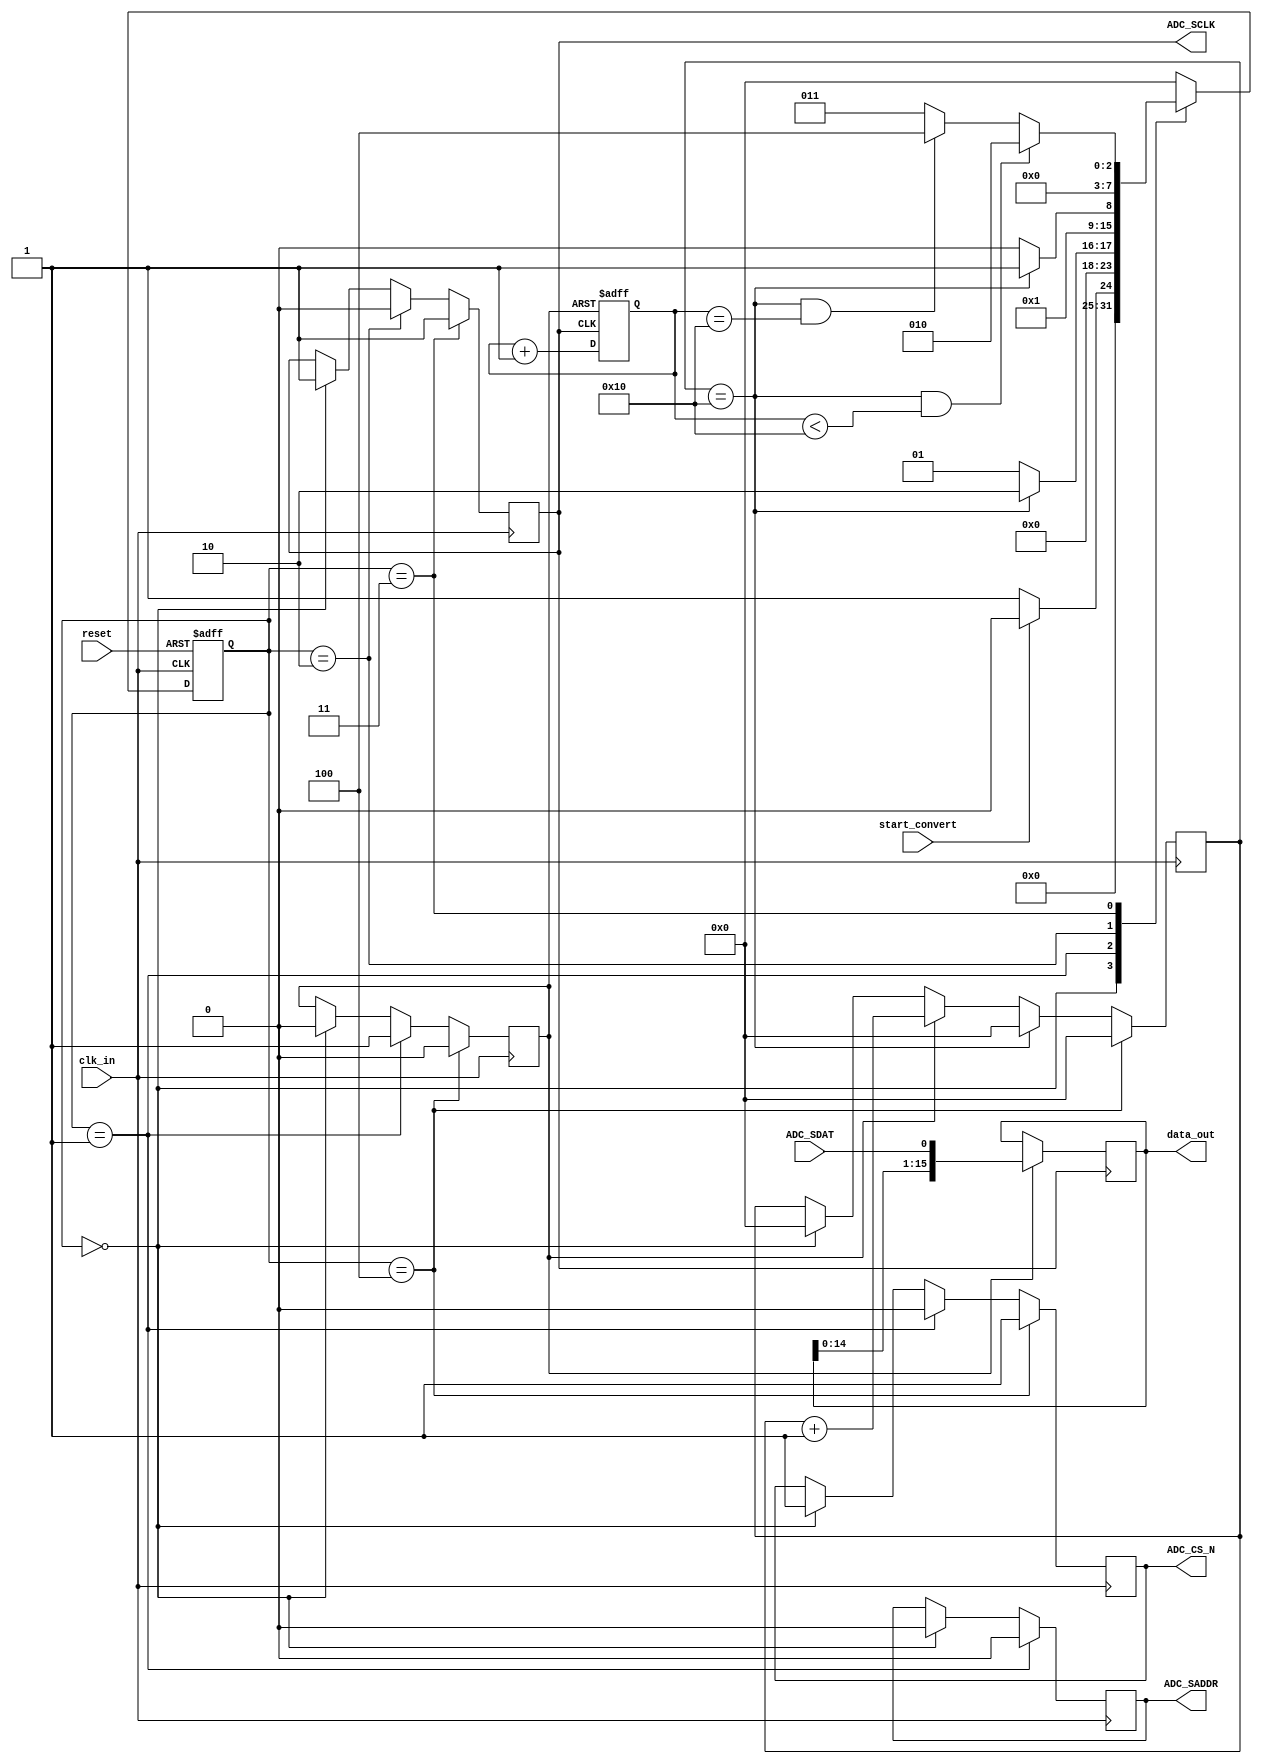
///////////////////////////////////////////////////////////
// Name File : ADC128S022_DRIVER									//
// Autor : Dyomkin Pavel Mikhailovich 							//
// Company : FLEXLAB													//
// Description : ADC128S022_DRIVER							  	//
// Start design : 03.08.2022 										//
// Last revision : 03.08.2022 									//
///////////////////////////////////////////////////////////

module ADC128S022_DRIVER (input clk_in, start_convert, reset, ADC_SDAT,

								  output reg ADC_SCLK, ADC_CS_N, ADC_SADDR,
								  
								  output reg [15:0] data_out
								  );
				 
								  
parameter divider_clk = 16;						// 50 MHz / 16 = 3 MHz for ADC_SCLK
parameter quantity_clk = 16;


reg [7:0] state;	
reg [7:0] next_state;

		  
localparam IDLE 							= 8'd0;
localparam START							= 8'd1;
localparam START_GENERATE				= 8'd2;
localparam REVERSE_CLK              = 8'd3;
localparam STOP							= 8'd4;
		  
reg process_flg;

reg [7:0] cnt;

reg [7:0] cnt_quantity_clk;

	

initial begin
	
	ADC_SCLK <= 1'b1;
	ADC_CS_N <= 1'b1;
	ADC_SADDR <= 1'b0; 
	
	state <= 1'b0;	
	next_state <= 1'b0;
	
	process_flg <= 1'b0;
	
	cnt <= 1'b0;
	cnt_quantity_clk <= 1'b0;	
	
	data_out <= 1'b0;
	
	
end		




			
always @* 	
		
		case (state)
			
			IDLE:
						
				
				if (start_convert == 1'b0) begin
					next_state <= START;
				end
				
				else begin
					next_state <= IDLE;
				end
				
				
			START:	
			
				if (cnt == divider_clk) begin
					next_state <= START_GENERATE;
				end
				
				else begin
					next_state <= START;
				end
				
			START_GENERATE:
			
				if (cnt == divider_clk) begin
					next_state <= REVERSE_CLK;
				end
				
				else begin
					next_state <= START_GENERATE;
				end
				
				
			REVERSE_CLK:
			
				if (cnt == divider_clk && cnt_quantity_clk < quantity_clk) begin
					next_state <= START_GENERATE;
				end
				
				else if (cnt == divider_clk && cnt_quantity_clk == quantity_clk) begin
					next_state <= STOP;
				end
				
				else begin
					next_state <= REVERSE_CLK;
				end
				
			
					
			
			STOP:

				if (state == STOP) begin
					next_state <= IDLE;
				end
				
				else begin
					next_state <= STOP;
				end
		
				
				
			default:
				next_state <= IDLE;
		
		endcase
		
		
always @(posedge clk_in) begin

	if (state == IDLE) begin
		ADC_SCLK <= 1'b1;
		ADC_CS_N <= 1'b1;
		ADC_SADDR <= 1'b0; 
	
		
		process_flg <= 1'b0;
	
		cnt <= 1'b0;
			
	end
	
	if (state == START) begin
		process_flg <= 1'b1;
		ADC_CS_N <= 1'b0;

		ADC_SADDR <= 1'b0;		
	end
	
	if (process_flg == 1'b1) begin			
		cnt <= cnt + 1'b1;
	end
	
	if (cnt == divider_clk) begin
		cnt <= 1'b0;
	end
	
	if (state == START_GENERATE) begin
		ADC_SCLK <= 1'b0;
	end
	
	if (state == REVERSE_CLK) begin
		ADC_SCLK <= 1'b1;
	end
	
	if (state == STOP) begin
			
		process_flg <= 1'b0;				
		ADC_CS_N <= 1'b1;	
		
		cnt <= 1'b0;
		
	
	end
	
		
end	

always @(posedge ADC_SCLK or negedge process_flg) begin		

	
	if (!process_flg) begin														
		cnt_quantity_clk <= 1'b0;
		
	end
	
	else begin
		cnt_quantity_clk <= cnt_quantity_clk + 1'b1;
		data_out <=  {data_out[15:0], ADC_SDAT};
	end
	
end



always @(posedge clk_in or negedge reset) begin 
	
	
	if(!reset) begin
		state <= IDLE;
	end
	
	else begin
		state <= next_state;
	end
end		

	
	
endmodule


//data_out <=  {data_out[7:0], Rx_in}; shift reg